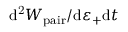
\mathrm { d ^ { 2 } } W _ { \mathrm { p a i r } } / \mathrm { d } \varepsilon _ { + } \mathrm { d } t